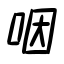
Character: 咽